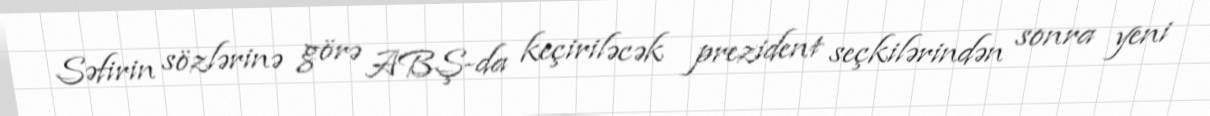
Səfirin sözlərinə görə ABŞ-da keçiriləcək prezident seçkilərindən sonra yeni